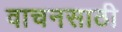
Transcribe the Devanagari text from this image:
वाचनसाठी